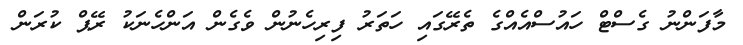
މާފަންނު ގެސްޓް ހައުސްއެއްގެ ތެރޭގައި ހަތަރު ފިރިހެނުން ވެގެން އަންހެނަކު ރޭޕް ކުރަން